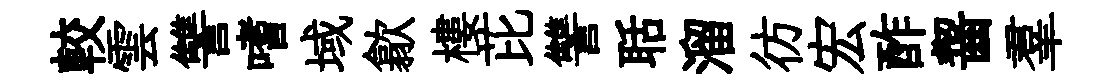
較雲讐嗜域歙樓芘讐聒溜彷宏酢齧羣